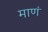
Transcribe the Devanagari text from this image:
माणं